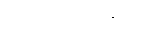
ကုသလသုတ်